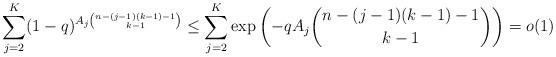
LaTeX: \begin{align*}\sum_{j=2}^{K}(1-q)^{A_j{{n-(j-1)(k-1)-1}\choose {k-1}}} \le \sum_{j=2}^{K} \exp\left (-qA_j{{n-(j-1)(k-1)-1}\choose {k-1}}\right ) = o(1)\end{align*}